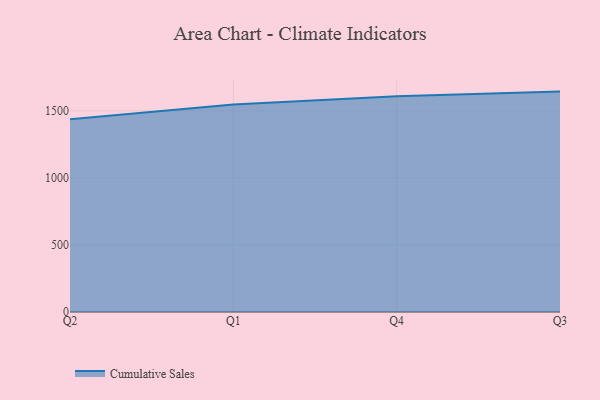
{"axis": {"x": "Quarter", "y": "Population (Million)"}, "legend": ["Cumulative Sales"], "data": [{"x": "Q2", "y": 1437.5, "type": "Cumulative Sales"}, {"x": "Q1", "y": 1547.6, "type": "Cumulative Sales"}, {"x": "Q4", "y": 1608.5, "type": "Cumulative Sales"}, {"x": "Q3", "y": 1643.4, "type": "Cumulative Sales"}]}